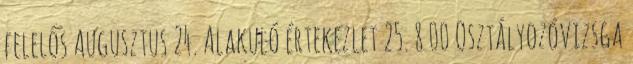
felelős Augusztus 24. Alakuló értekezlet 25. 8 00 Osztályozóvizsga